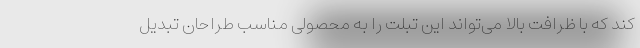
کند که با ظرافت بالا می‌تواند این تبلت را به محصولی مناسب طراحان تبدیل